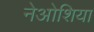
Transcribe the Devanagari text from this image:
नेओशिया